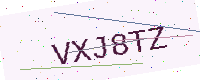
Text: VXJ8TZ